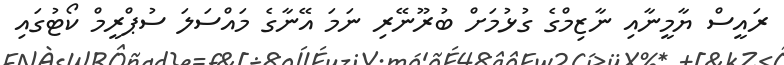
ރައީސް ޔާމީނާއި ނާޒިމްގެ ގުޅުމަށް ބުރޫނޭރި ނަމަ އޭނާގެ މައްސަލަ ސުޕްރީމް ކޯޓުގައި